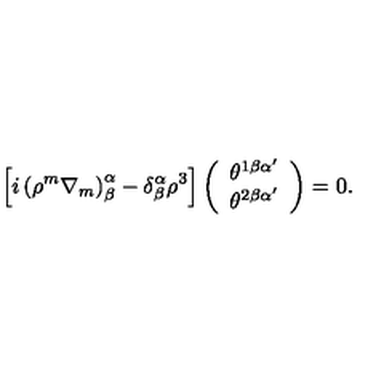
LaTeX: \left[ i \left( \rho ^ { m } \nabla _ { m } \right) _ { \beta } ^ { \alpha } - \delta _ { \beta } ^ { \alpha } \rho ^ { 3 } \right] \left( \begin{array} { c } { \theta ^ { 1 \beta \alpha ^ { \prime } } } \\ { \theta ^ { 2 \beta \alpha ^ { \prime } } } \\ \end{array} \right) = 0 .